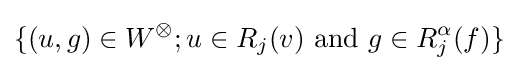
\{(u,g)\in W^{\otimes };u\in R_{j}(v){\textrm {~and~}}g\in R_{j}^{\alpha }(f)\}